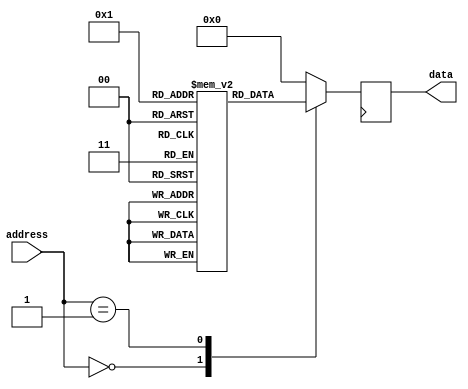
module ROM (
    input [7:0] address,
    output reg [7:0] data
);

reg [7:0] mem [0:255];

initial begin
    // Fill the ROM with data
    mem[0] = 8'b00000001;
    mem[1] = 8'b00000010;
    // Add more data as needed
end

always @ (posedge clk) begin
    // Address decoder
    case(address)
        8'b00000000: data <= mem[0];
        8'b00000001: data <= mem[1];
        // Add more cases for other memory locations
        default: data <= 8'b00000000;
    endcase
end

endmodule